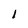
Character: I